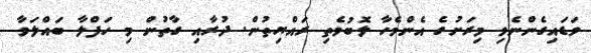
ވަޑައިގެންނެވި މިރަށުގެ އެންމެހާ ލޮބުވެތި ރައްޔިތުން. ދުރާއި ގާތުން މި ހަފްލާ ބައްލަވާ